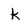
Character: k